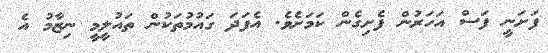
ފަށަނީ ފަސް އަހަރުން ފެށިގެން ކަމަށެވެ. އެފަދަ ގައުމުތަކުން ތައުލީމީ ނިޒާމު އެ